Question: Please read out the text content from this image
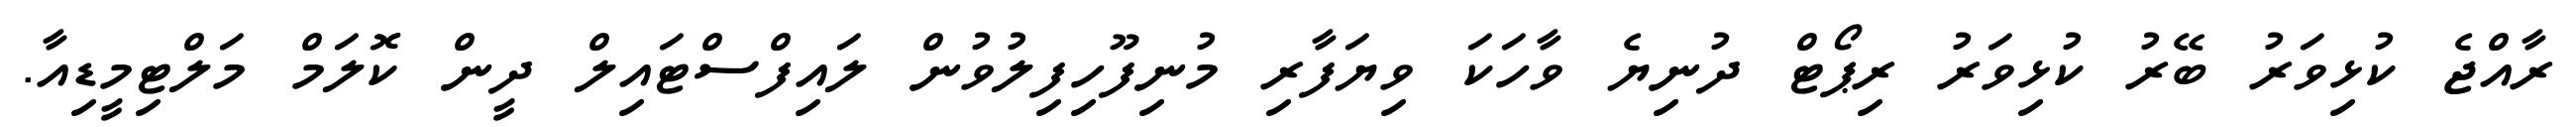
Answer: ރާއްޖެ ކުޅިވަރު ބޭރު ކުޅިވަރު ރިޕޯޓް ދުނިޔެ ވާހަކަ ވިޔަފާރި މުނިފޫހިފިލުވުން ލައިފްސްޓައިލް ދީން ކޮލަމް މަލްޓިމީޑިއާ.